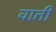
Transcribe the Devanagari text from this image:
वाती